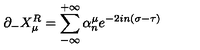
\partial _ { - } X _ { \mu } ^ { R } = \sum _ { - \infty } ^ { + \infty } \alpha _ { n } ^ { \mu } e ^ { - 2 i n ( \sigma - \tau ) }